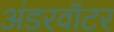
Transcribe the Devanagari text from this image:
अंडरवॉटर